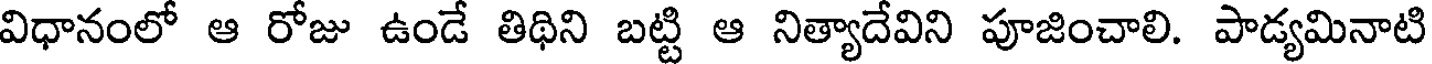
విధానంలో ఆ రోజు ఉండే తిథిని బట్టి ఆ నిత్యాదేవిని పూజించాలి. పాడ్యమినాటి